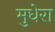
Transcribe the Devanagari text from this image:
मुधेरा